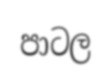
පාටල